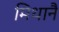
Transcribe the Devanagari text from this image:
मिथानै